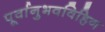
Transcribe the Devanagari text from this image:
पूर्वानुभवविहिन